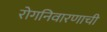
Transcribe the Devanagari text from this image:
रोगनिवारणाची